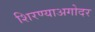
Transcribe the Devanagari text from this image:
शिरण्याअगोदर